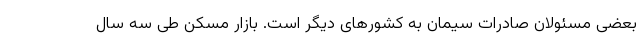
بعضی مسئولان صادرات سیمان به کشورهای دیگر است. بازار مسکن طی سه سال